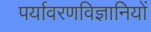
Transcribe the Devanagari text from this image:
पर्यावरणविज्ञानियों